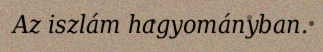
Az iszlám hagyományban.